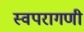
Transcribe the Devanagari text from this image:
स्वपरागणी